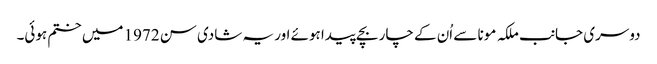
دوسری جانب ملکہ مونا سے اُن کے چار بچے پیدا ہوئے اور یہ شادی سن 1972 میں ختم ہوئی۔